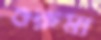
গুরুমা